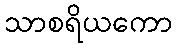
သာစရိယကော